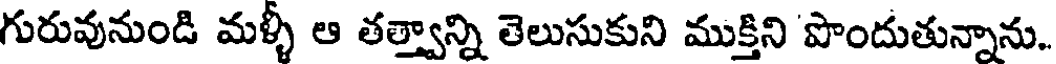
గురువునుండి మళ్ళీ ఆ తత్త్వాన్ని తెలుసుకుని ముక్తిని పొందుతున్నాను.